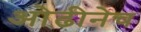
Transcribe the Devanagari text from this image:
ओढीनेच